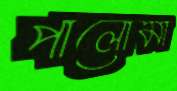
পালোমা